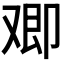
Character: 𪠂